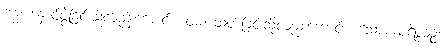
ဗန္ဓံ၊ နှောင်ဖွဲ့ခြင်းသို့လည်းကောင်း။ ဝဓံ၊ သတ်ခြင်းသို့လည်းကောင်း။ သောကပရိဒ္ဒဝဉ္စ၊